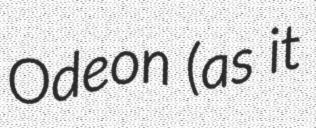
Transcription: Odeon (as it